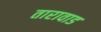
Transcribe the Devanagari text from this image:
तारावाड